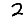
Digit: 2